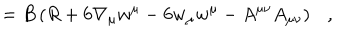
LaTeX: = B \left( R + 6 \nabla _ { \mu } w ^ { \mu } - 6 w _ { \mu } w ^ { \mu } - A ^ { \mu \nu } A _ { \mu \nu } \right) ,